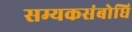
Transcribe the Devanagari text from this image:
सम्यकसंबोधि